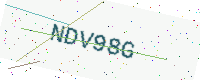
Text: NDV98G